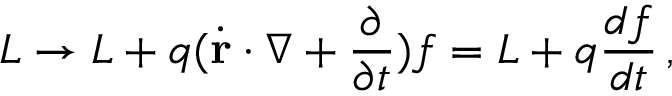
L \rightarrow L + q ( { \dot { \mathbf { r } } } \cdot \nabla + { \frac { \partial } { \partial t } } ) f = L + q { \frac { d f } { d t } } \, ,